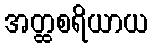
အတ္ထစရိယာယ